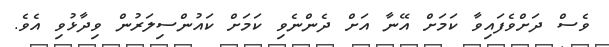
ވެސް ދަށްވެފައިވާ ކަމަށް އޭނާ އަށް ދެންނެވި ކަމަށް ކައުންސިލަރުން ވިދާޅުވި އެވެ.